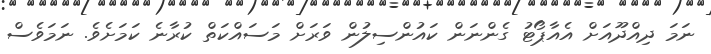
ނަމަ ދިއްދޫއަށް އެއާޕޯޓު ގެންނަން ކައުންސިލުން ވަރަށް މަސައްކަތް ކުރާނެ ކަމަށެވެ. ނަމަވެސް